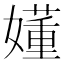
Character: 嬞